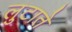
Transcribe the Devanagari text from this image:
लुटाते